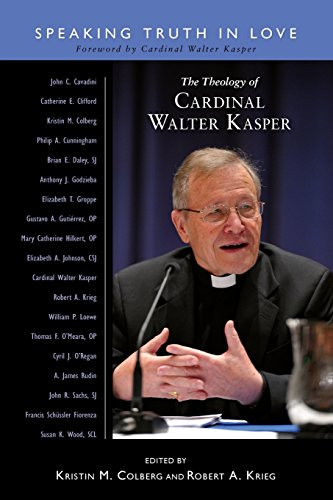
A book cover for The Theology of Cardinal Walter Kasper: Speaking the Truth in Love; Christian Books & Bibles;